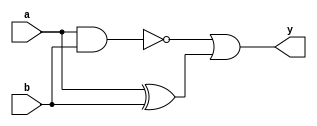
module comb_logic_block (
    input wire a,
    input wire b,
    output wire y
);

assign y = ~(a & b) | (a ^ b);

endmodule